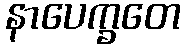
နာပေက္ခတေ